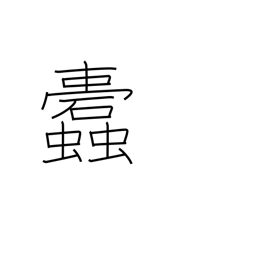
Meaning: insects which eat into clot